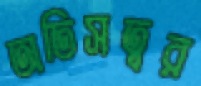
অতিসত্বর